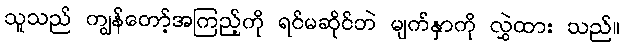
သူသည် ကျွန်တော့်အကြည့်ကို ရင်မဆိုင်ဘဲ မျက်နှာကို လွှဲထား သည်။